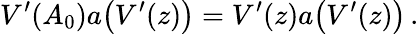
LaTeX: V^{\prime}(A_{0})a\bigl(V^{\prime}(z)\bigr)=V^{\prime}(z)a\bigl(V^{\prime}(z)\bigr)\, .